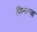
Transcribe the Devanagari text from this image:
फिनान्ज़ा